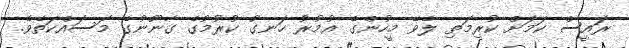
ރައީސް ކަމަށް ކުރިމަތި ލެވޭ މީހުންގެ އުމުރު ހަނގު ކުރުމުގެ ގާނޫނުގެ މަސައްކަތެވެ.